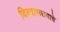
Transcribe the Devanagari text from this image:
विश्वासरावाचे